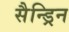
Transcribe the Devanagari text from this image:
सैन्ड्रिन